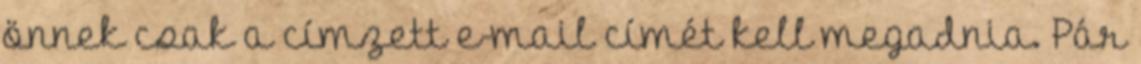
önnek csak a címzett e-mail címét kell megadnia. Pár